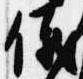
儀